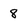
Character: 8